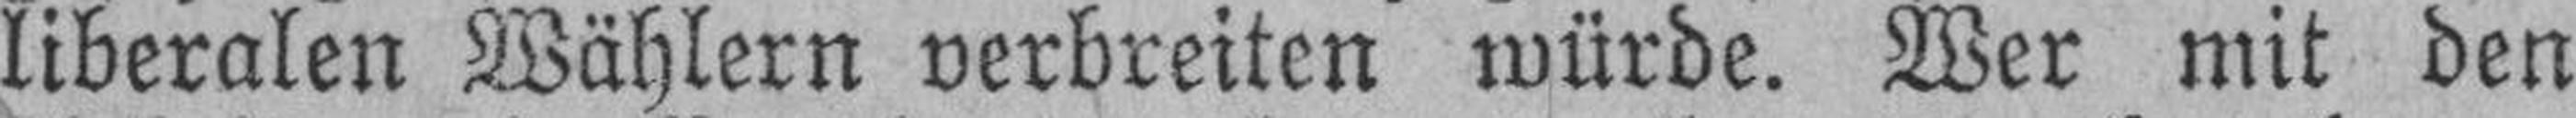
liberalen Wählern verbreiten würde. Wer mit den